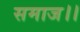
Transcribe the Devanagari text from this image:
समाज।।